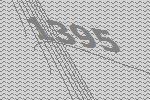
1395